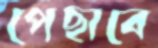
পেছাবে